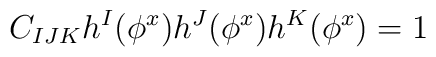
C_{IJK}h^{I}(\phi^{x})h^{J}(\phi^{x})h^{K}(\phi^{x})=1